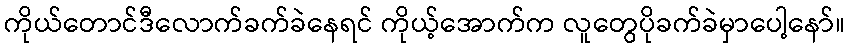
ကိုယ်တောင်ဒီလောက်ခက်ခဲနေရင် ကိုယ့်အောက်က လူတွေပိုခက်ခဲမှာပေါ့နော်။